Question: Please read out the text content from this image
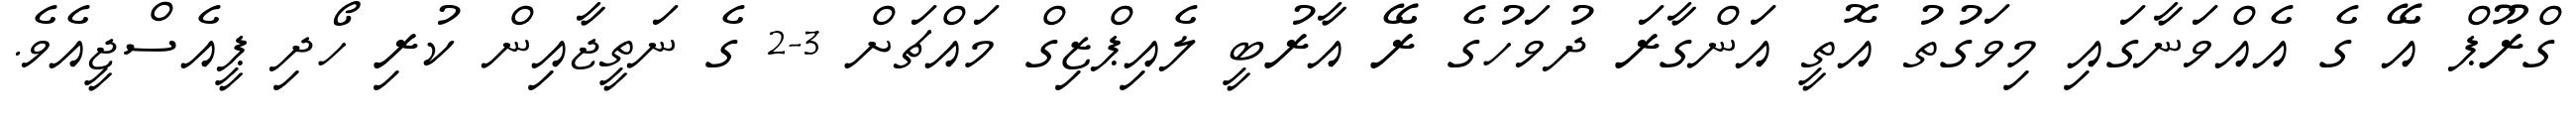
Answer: ގްރޫޕް އޭ ގެ އެއްވަނާގައި މިވަގުތު އޮތީ އަންގާރަ ދުވަހުގެ ރޭ އާރުބީ ލެއިޕްޒިގް މައްޗަށް 3-2 ގެ ނަތީޖާއިން ކުރި ހޯދި ޕީއެސްޖީއެވެ.